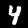
Digit: 4